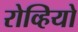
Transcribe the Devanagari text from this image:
रोव्हियो